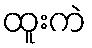
ထူးကဲ